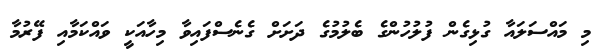
މި މައްސަލައާ ގުޅިގެން ފުލުހުންގެ ބެލުމުގެ ދަށަށް ގެނެސްފައިވާ މިހާއަކީ ވައްކަމާއި ފޭރުމާ